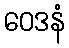
ဝေဒနံ